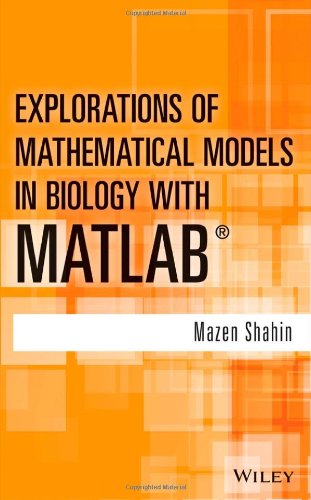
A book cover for Explorations of Mathematical Models in Biology with MATLAB; Mazen Shahin; Science & Math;